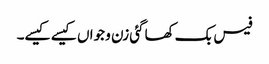
فیس بک کھاگئی زن و جواں کیسے کیسے۔